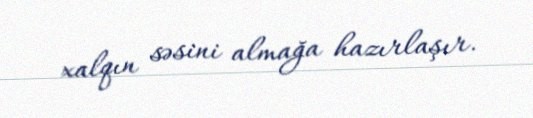
xalqın səsini almağa hazırlaşır.